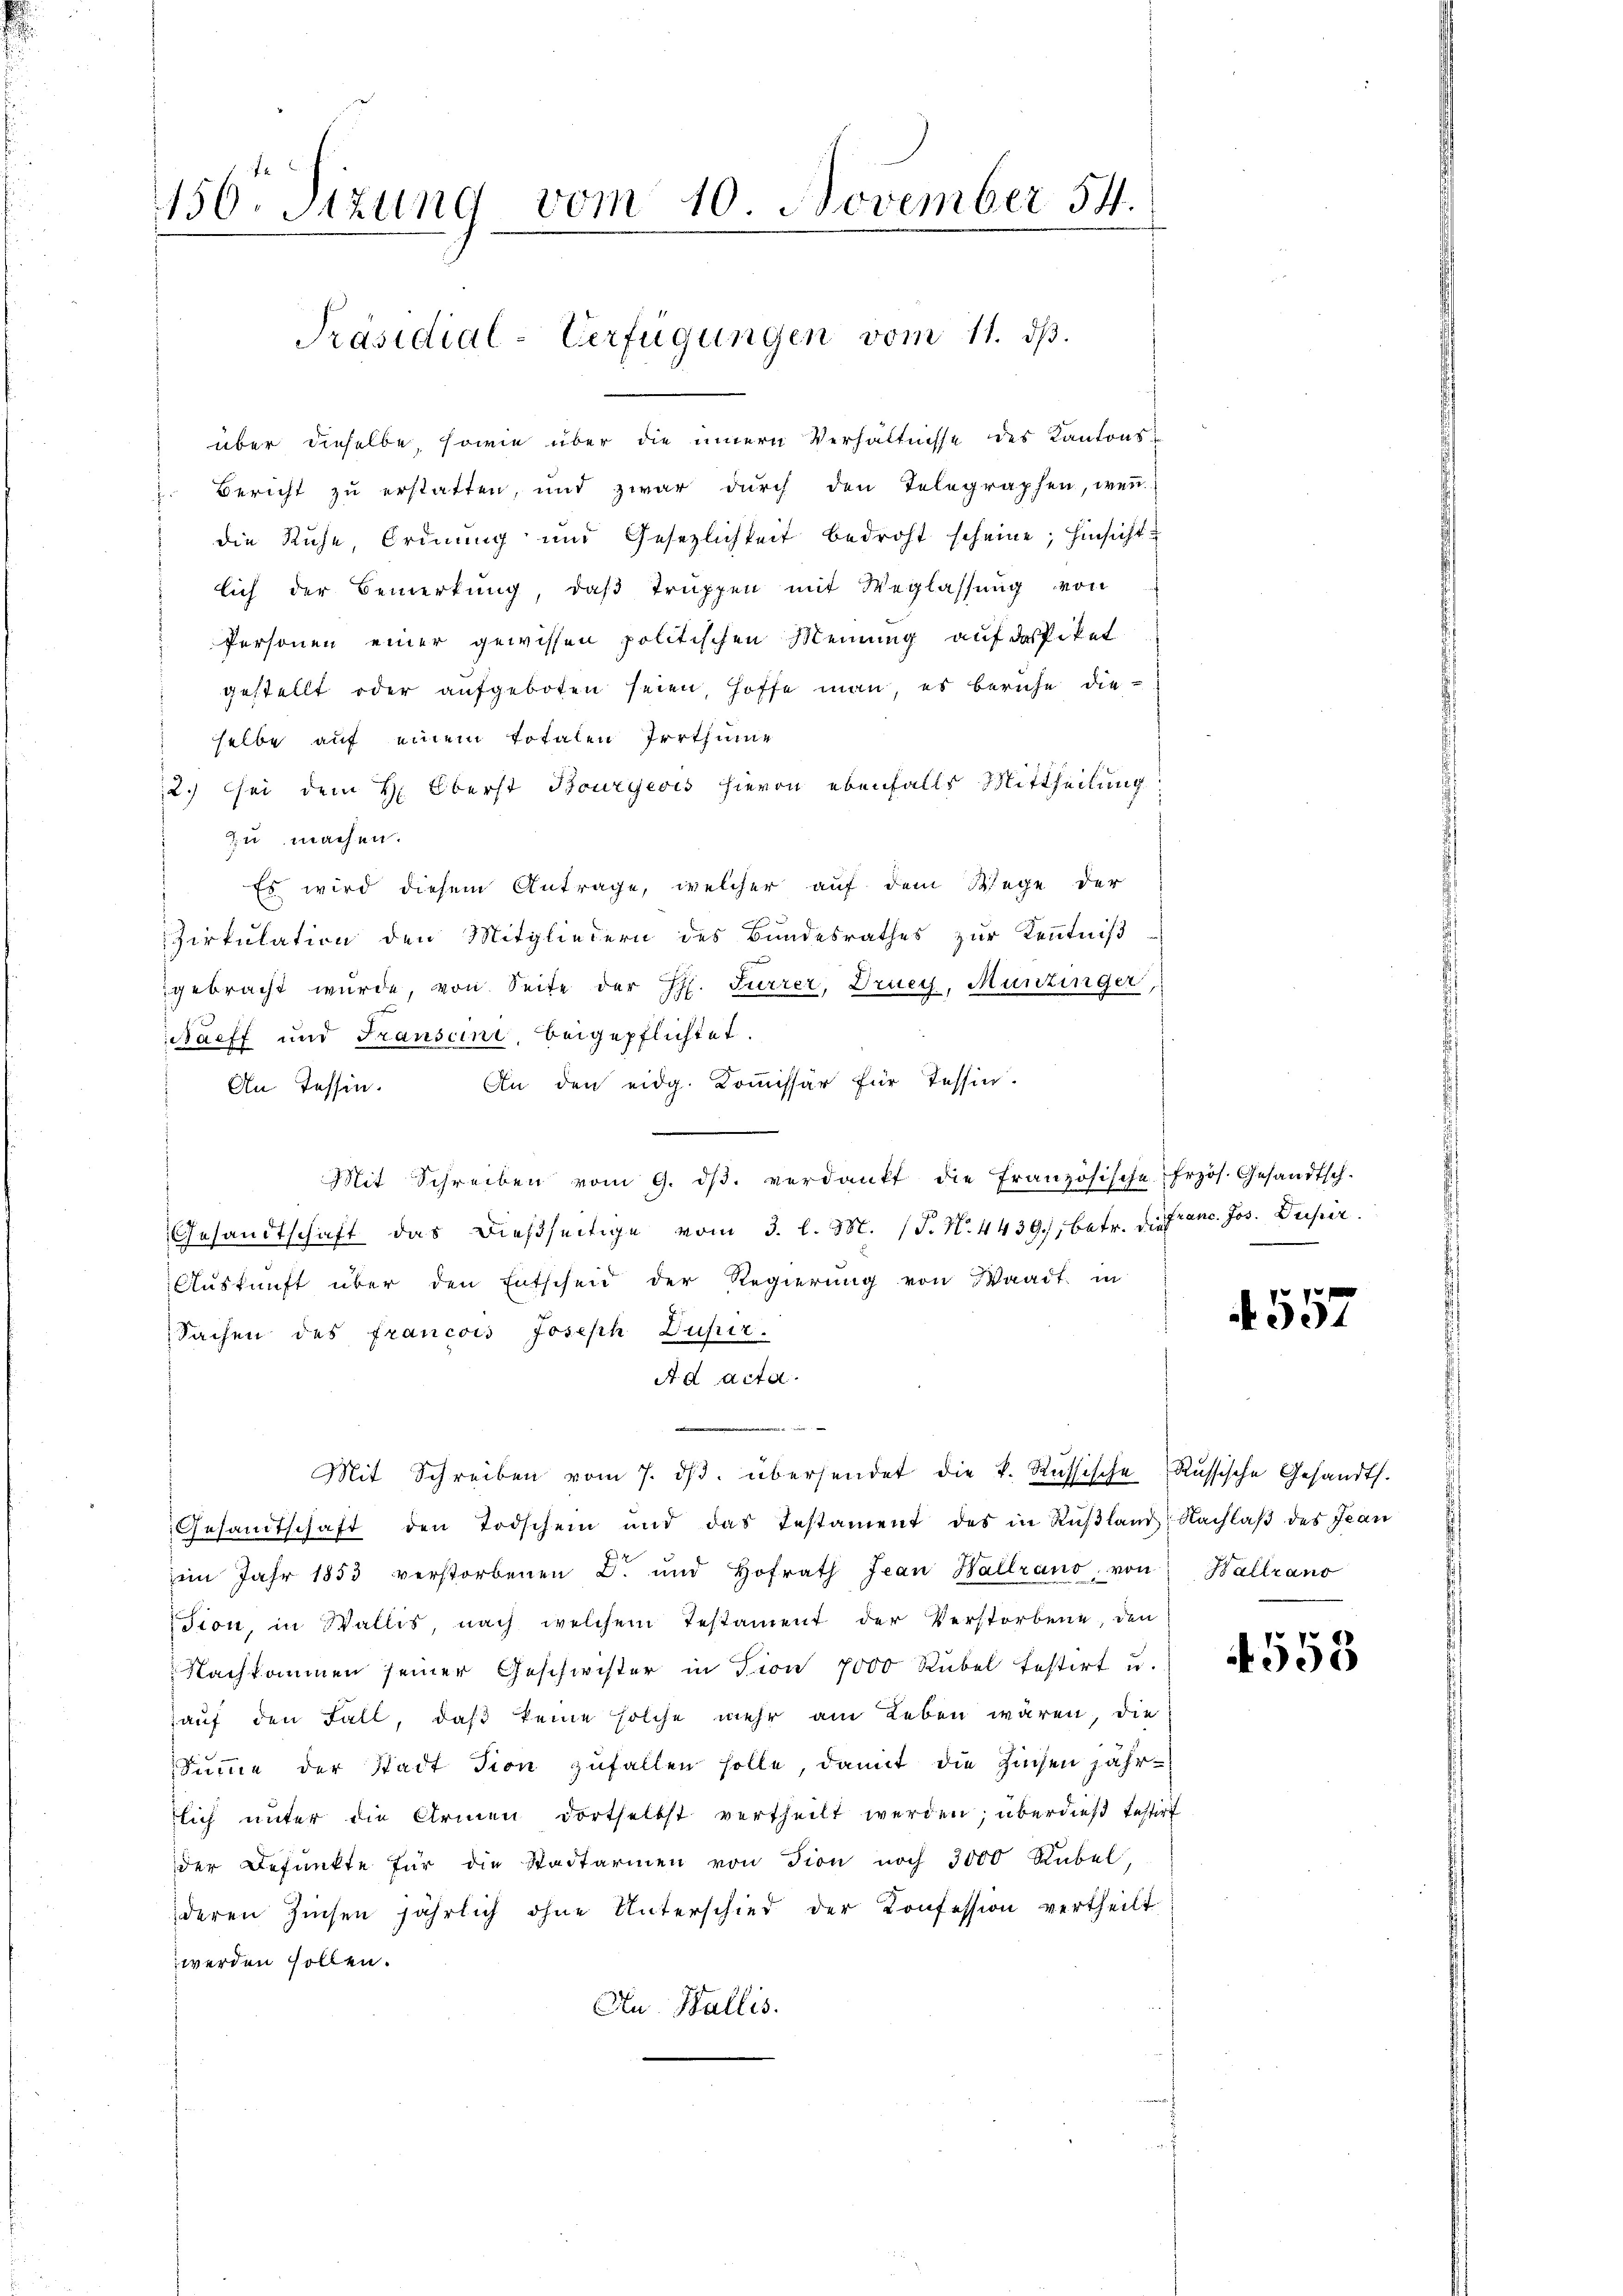
150. Sizung vom 10. November 54.
Präsidial-Verfügungen vom 11. ds.

über dieselbe, sowie über die innern Verhältnisse des Kantons¬
. Bericht zu erstatten, und zwar durch den Telegraphen, wen
die Ruhe, Ordnung und Gesetzlichkeit bedroht scheine; hinsicht
lich der Bemerkung, daß Truppen mit Weglassung von
Personen einer gewissen politischen Meinung auf dastiket
gestellt oder aufgeboten seien, hoffe man es beruhe dieselbe auf einem totalen Irrthüme
2.) sei dem H: Oberst Bourgeois hievon ebenfalls Mittheilung
zu machen.
Es wird diesem Antrage, welcher auf dem Wege der
Cirkulation den Mitgliedern des Bundesrathes zur Kenntniß
gebracht wurde, von Seite der H. Furrer, Druey, Munzinger,
Nacff und Franscini, beigepflichtet.
An Tessin. An den eidg. Kommissär für Tessin.
Mit Schreiben vom 9. dβ. verdankt die französische frzös. Gesandtsch.
Gesandtschaft das dießseitige vom 3. l. M. (T. N. 4439, betr. die Franc. Jos. Deser
Auskunft über den Entscheid der Regierung von Waadt in
Sachen des francois Joseph Zufer.
A d acta.
.
Mit Schreiben vom 7. dβ. übersendet die k. Russische Russische Gesandts.
Gesandtschaft den Todschein und das Testament des in Rŭβland, Nachlaβ des Jean
im Jahr 1853 verstorbenen L. und Hofrath Jean Hallrano, von Hallrano
sion, in Wallis, nach welchem Testament der Verstorbene, den
Nachkommen seiner Geschwister in Fion 7000 Rübel festirt u.
auf den Fall, daß keine solche mehr am Leben wären, die
Summe der Stadt dion zufallen solle, damit die Züchen jährlich unter die Armen dortselbst vertheilt werden; überdieß bestirt
der Befunkte für die Stadtarmen von dion noch 3000 Rübel,
deren Zinsen jährlich ohne Unterschied der Konfession vertheilt
werden sollen.
Au Wallis.

w

4557

558